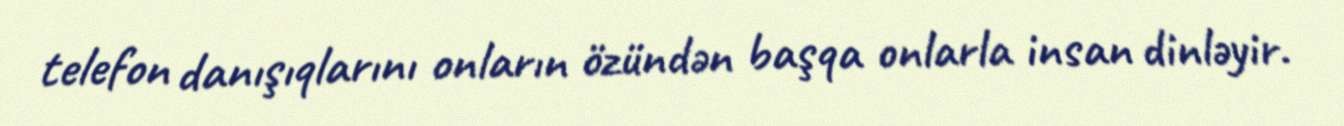
telefon danışıqlarını onların özündən başqa onlarla insan dinləyir.